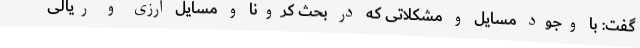
گفت: با وجود مسایل و مشکلاتی که در بحث کرونا و مسایل ارزی و ریالی